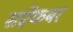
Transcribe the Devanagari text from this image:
सप्टेंकबर